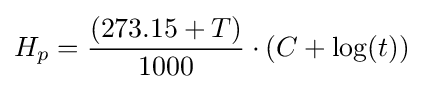
H_{p}={\frac {(273.15+T)}{1000}}\cdot (C+\log(t))